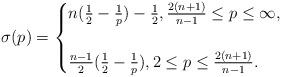
LaTeX: \begin{align*}\sigma(p)=\begin{cases}n(\tfrac12-\tfrac1p)-\tfrac12, \tfrac{2(n+1)}{n-1}\le p\le \infty,\\ \\\tfrac{n-1}2(\tfrac12-\tfrac1p), 2\le p\le \tfrac{2(n+1)}{n-1}.\end{cases}\end{align*}